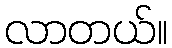
လာတယ်။